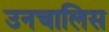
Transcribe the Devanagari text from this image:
उनचालिस